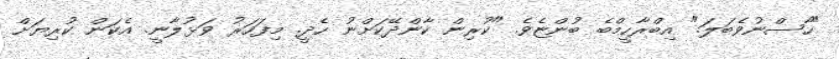
"ހާސްނުވެބަލަ." އިބްރާހީމްބެ ބުންޏެވެ. "ކުރިން ކާންދޭކަށްނު ހެދީ. މިފަހަރު ވަޅުލާނީ. އެކަން ކުރިޔަށް